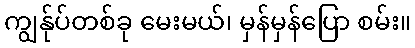
ကျွန်ုပ်တစ်ခု မေးမယ်၊ မှန်မှန်ပြော စမ်း။